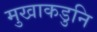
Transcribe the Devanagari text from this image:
मुखाकडुनि